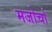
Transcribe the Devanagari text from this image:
मजोर्चा